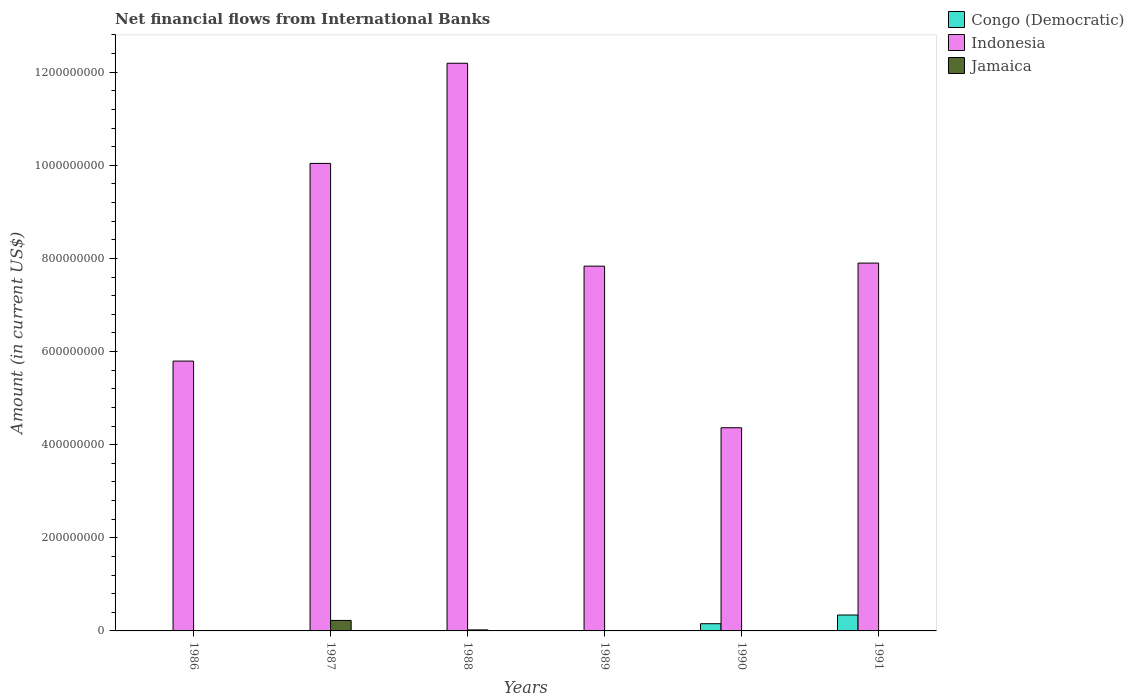
| Years | Congo (Democratic) | Indonesia | Jamaica |
 | --- | --- | --- | --- |
 | 1986 | -1.13e+07 | 5.8e+08 | -7.02e+06 |
 | 1987 | -8.06e+06 | 1e+09 | 2.25e+07 |
 | 1988 | -7.64e+06 | 1.22e+09 | 2.18e+06 |
 | 1989 | -4.24e+06 | 7.83e+08 | -2.02e+06 |
 | 1990 | 1.55e+07 | 4.36e+08 | -2.64e+07 |
 | 1991 | 3.42e+07 | 7.9e+08 | -1.93e+07 |